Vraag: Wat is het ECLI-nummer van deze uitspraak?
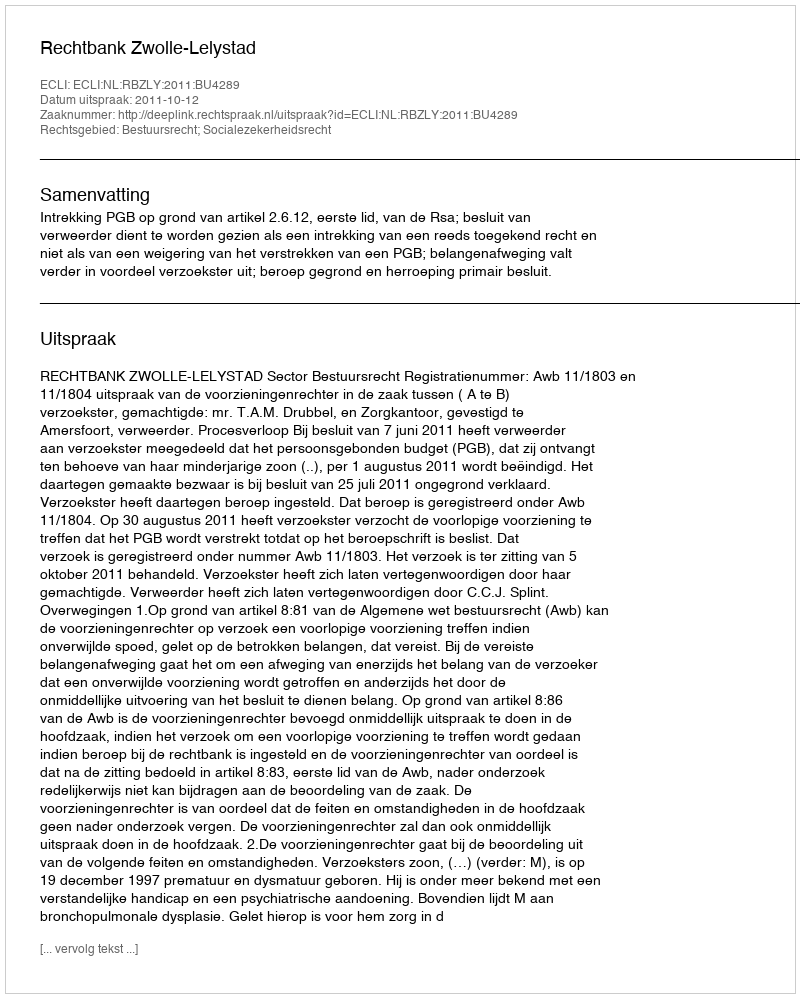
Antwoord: ECLI:NL:RBZLY:2011:BU4289